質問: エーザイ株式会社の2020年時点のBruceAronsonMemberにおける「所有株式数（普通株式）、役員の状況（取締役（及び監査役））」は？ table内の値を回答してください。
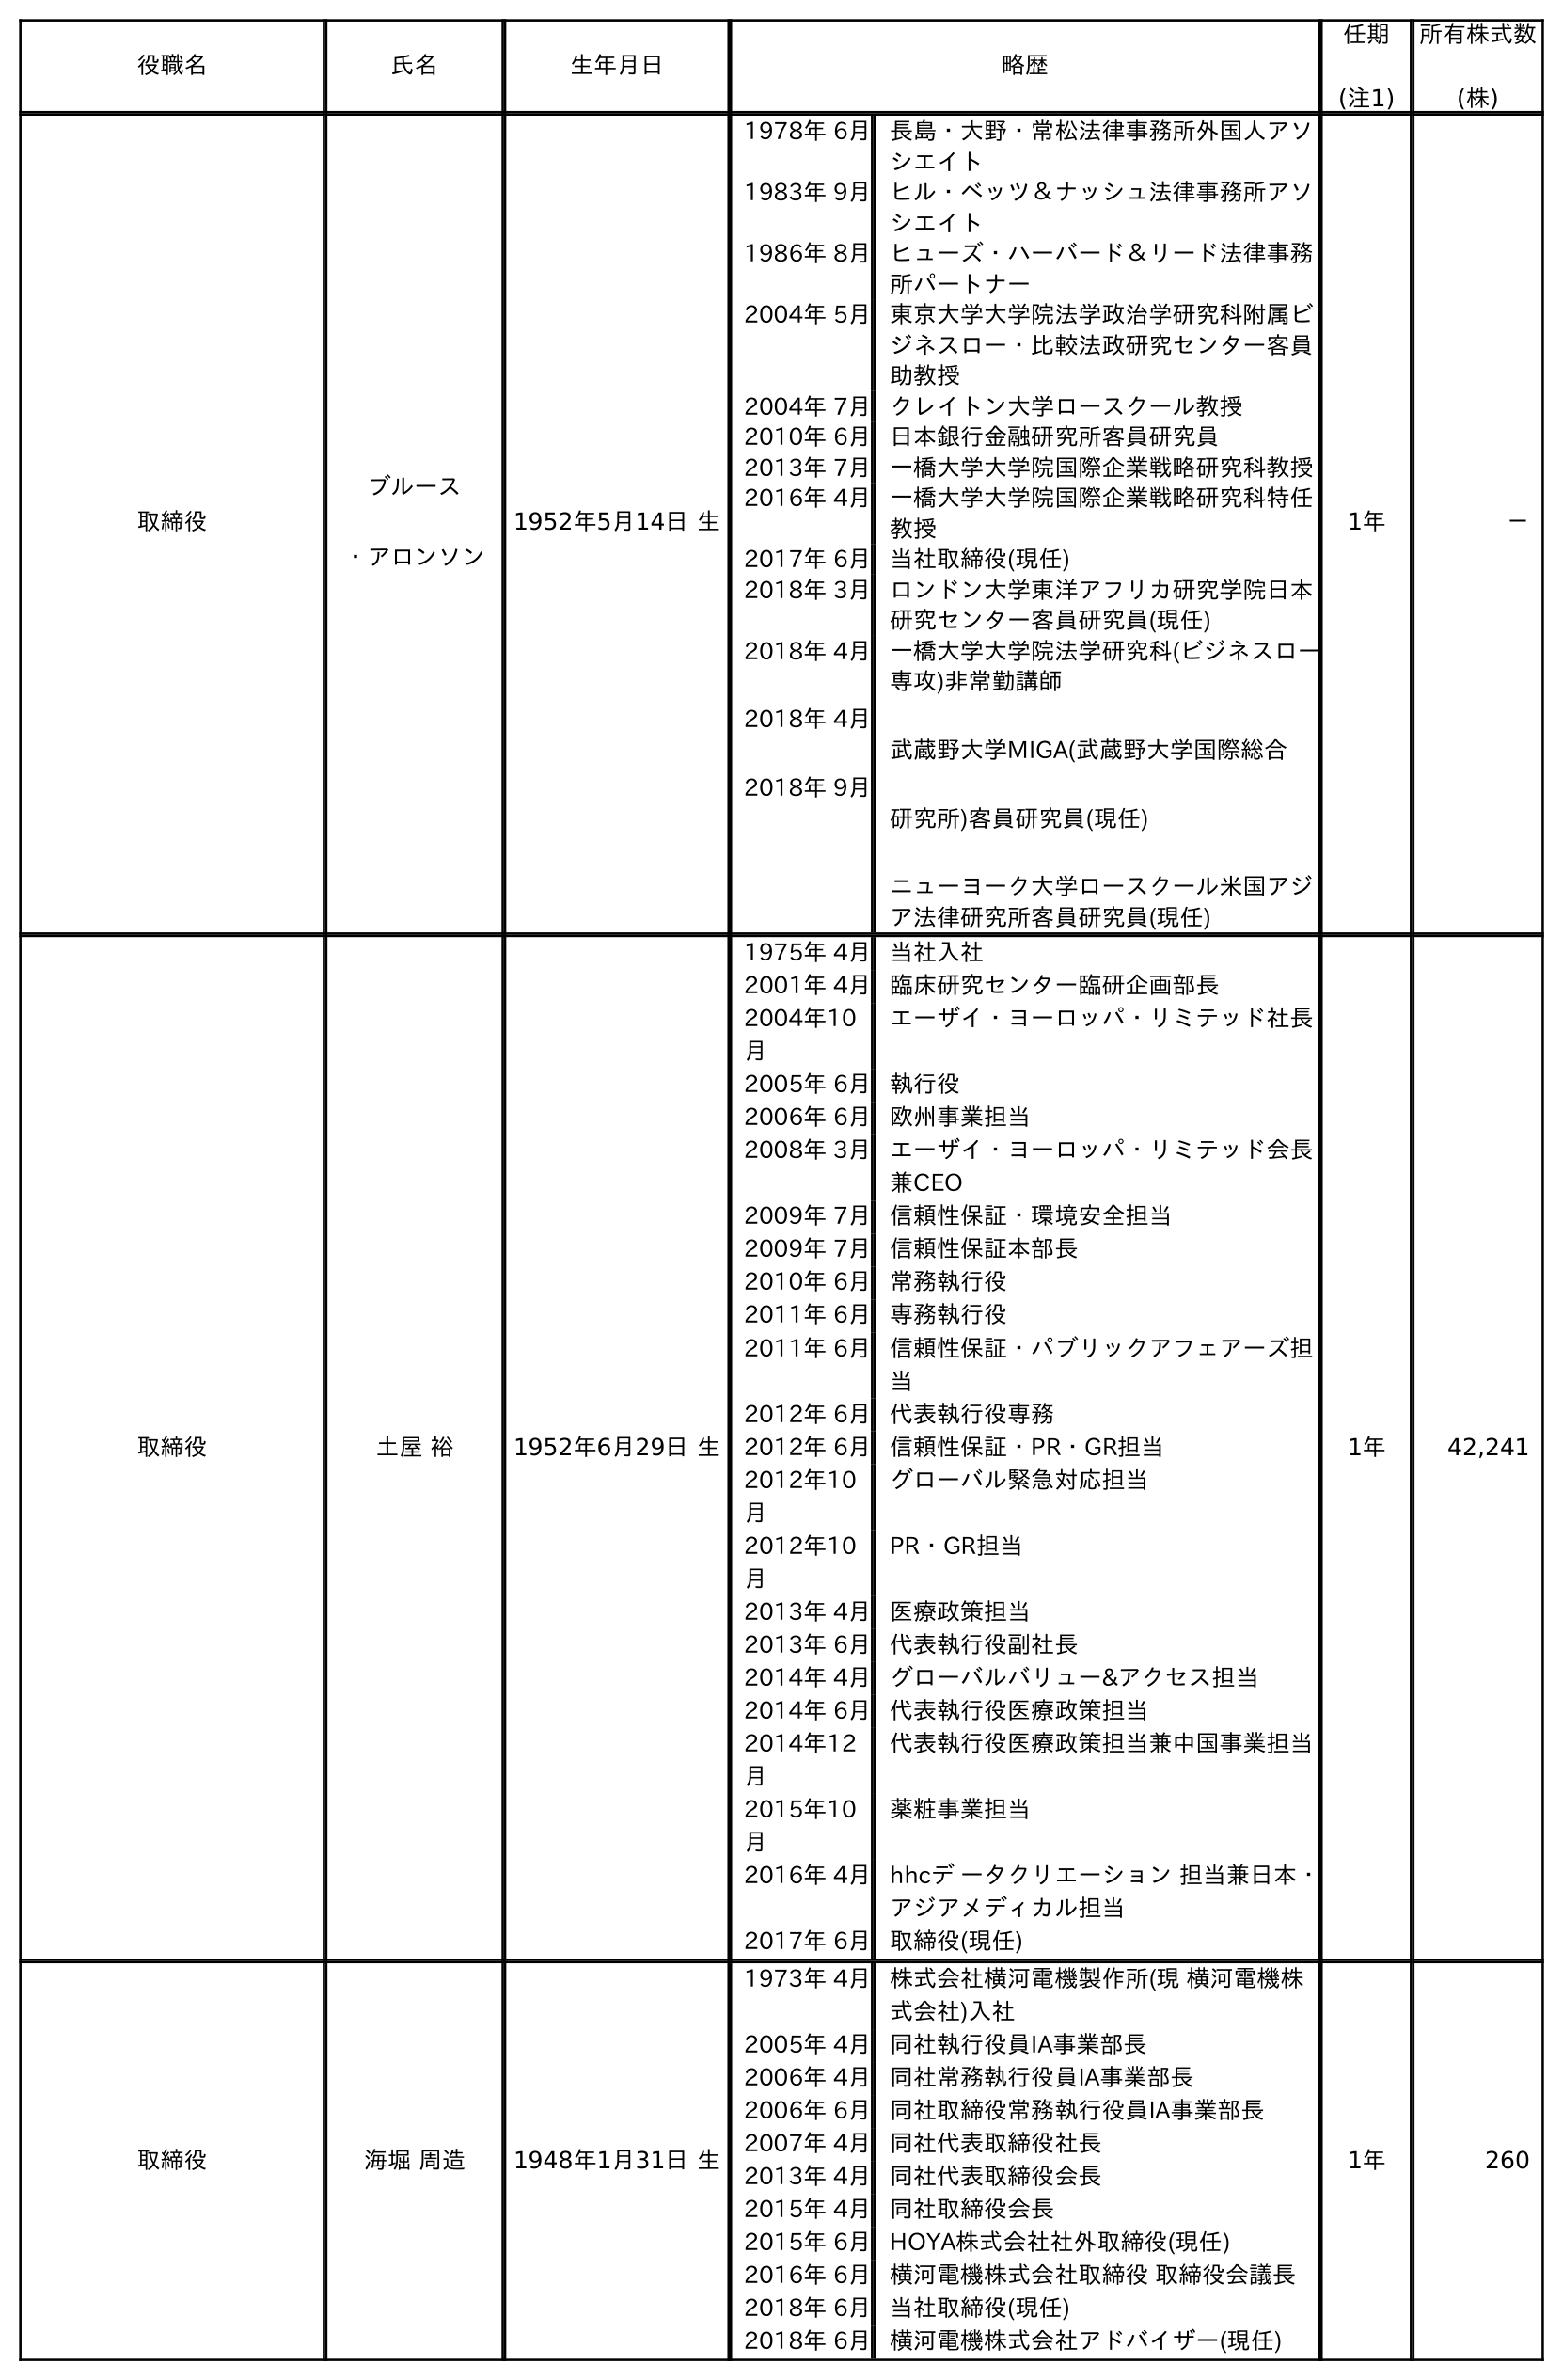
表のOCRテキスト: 役職名 氏名 生年月日 略歴 任期 (注1) 所有株式数 (株) 取締役 ブルース ・アロンソン 1952年5月14日 生 1978年 6月長島・大野・常松法律事務所外国人アソ シエイト 1983年 9月ヒル・ベッツ＆ナッシュ法律事務所アソ シエイト 1986年 8月ヒューズ・ハーバード＆リード法律事務 所パートナー 2004年 5月東京大学大学院法学政治学研究科附属ビ ジネスロー・比較法政研究センター客員 助教授 2004年 7月クレイトン大学ロースクール教授 2010年 6月日本銀行金融研究所客員研究員 2013年 7月一橋大学大学院国際企業戦略研究科教授 2016年 4月一橋大学大学院国際企業戦略研究科特任 教授 2017年 6月当社取締役(現任) 2018年 3月ロンドン大学東洋アフリカ研究学院日本 研究センター客員研究員(現任) 2018年 4月 2018年 4月 2018年 9月 一橋大学大学院法学研究科(ビジネスロー 専攻)非常勤講師 武蔵野大学MIGA(武蔵野大学国際総合 研究所)客員研究員(現任) ニューヨーク大学ロースクール米国アジ ア法律研究所客員研究員(現任) 1年 － 取締役 土屋 裕 1952年6月29日 生 1975年 4月当社入社 2001年 4月臨床研究センター臨研企画部長 2004年10 月 エーザイ・ヨーロッパ・リミテッド社長 2005年 6月執行役 2006年 6月欧州事業担当 2008年 3月エーザイ・ヨーロッパ・リミテッド会長 兼CEO 2009年 7月信頼性保証・環境安全担当 2009年 7月信頼性保証本部長 2010年 6月常務執行役 2011年 6月専務執行役 2011年 6月信頼性保証・パブリックアフェアーズ担 当 2012年 6月代表執行役専務 2012年 6月信頼性保証・PR・GR担当 2012年10 月 グローバル緊急対応担当 2012年10 月 PR・GR担当 2013年 4月医療政策担当 2013年 6月代表執行役副社長 2014年 4月グローバルバリュー&アクセス担当 2014年 6月代表執行役医療政策担当 2014年12 月 代表執行役医療政策担当兼中国事業担当 2015年10 月 薬粧事業担当 2016年 4月hhcデ ータクリエーション 担当兼日本・ アジアメディカル担当 2017年 6月取締役(現任) 1年 42,241 取締役 海堀 周造 1948年1月31日 生 1973年 4月株式会社横河電機製作所(現 横河電機株 式会社)入社 2005年 4月同社執行役員IA事業部長 2006年 4月同社常務執行役員IA事業部長 2006年 6月同社取締役常務執行役員IA事業部長 2007年 4月同社代表取締役社長 2013年 4月同社代表取締役会長 2015年 4月同社取締役会長 2015年 6月HOYA株式会社社外取締役(現任) 2016年 6月横河電機株式会社取締役 取締役会議長 2018年 6月当社取締役(現任) 2018年 6月横河電機株式会社アドバイザー(現任) 1年 260
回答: －